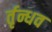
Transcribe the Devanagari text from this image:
र्तृन्धव